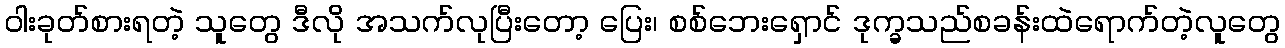
ဝါးခုတ်စားရတဲ့ သူတွေ ဒီလို အသက်လုပြီးတော့ ပြေး၊ စစ်ဘေးရှောင် ဒုက္ခသည်စခန်းထဲရောက်တဲ့လူတွေ